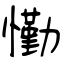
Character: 懄